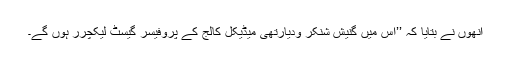
انھوں نے بتایا کہ ’’اس میں گنیش شنکر ودیارتھی میڈیکل کالج کے پروفیسر گیسٹ لیکچرر ہوں گے۔